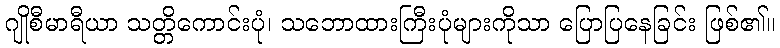
ဂျိုစီမာရီယာ သတ္တိကောင်းပုံ၊ သဘောထားကြီးပုံများကိုသာ ပြောပြနေခြင်း ဖြစ်၏။